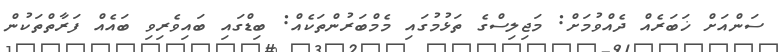
ސަންއަށް ޚަބަރެއް ދެއްވުމަށް: މަޖިލިސްގެ ތަޅުމުގައި މެމްބަރުންތަކެއް: ބިޑްގައި ބައިވެރިވި ބައެއް ފަރާތްތަކުން